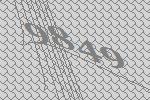
9849